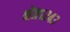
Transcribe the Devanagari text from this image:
क्षेत्र१२४३